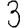
Digit: 3